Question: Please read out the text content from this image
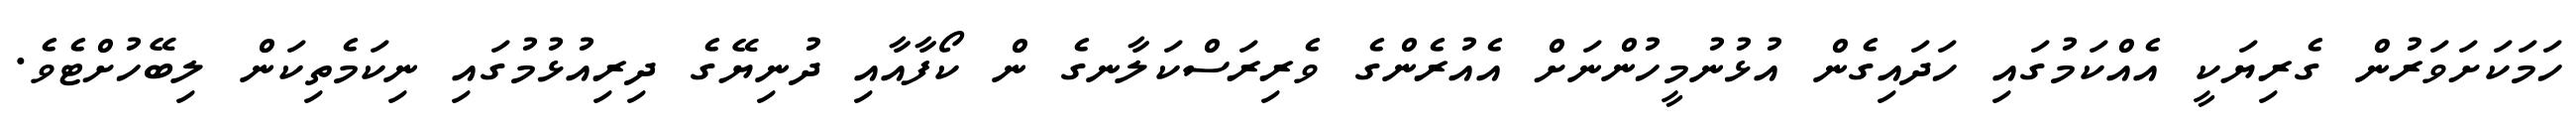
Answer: ހަމަކަށަވަރުން ގެރިޔަކީ އެއްކަމުގައި ހަދައިގެން އުޅުނުމީހުންނަށް އެއުރެންގެ ވެރިރަސްކަލާނގެ ން ކޯފާއާއި ދުނިޔޭގެ ދިރިއުޅުމުގައި ނިކަމެތިކަން ލިބޭހުށްޓެވެ.